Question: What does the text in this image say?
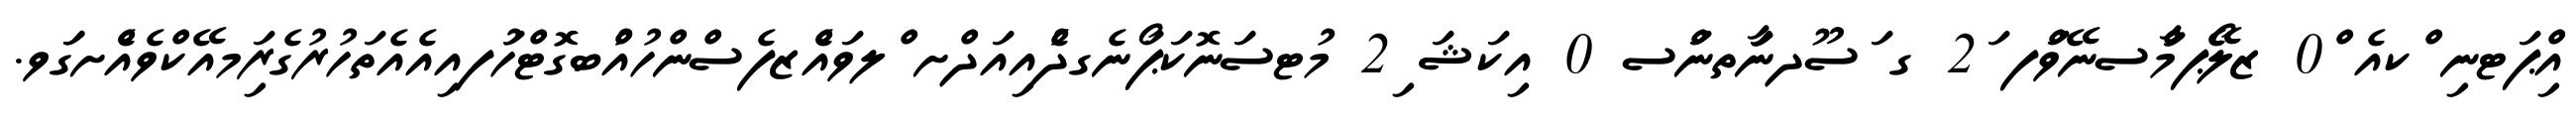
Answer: އިްޕަޓނި ްކއެ ް0 ޒލޭޯޕމާްސނޭވަްފ ަ2 ގ ަސޫދނާަތނަްސ 0 އިކަޝަ ި2 މުޓސަނޮކަޕޯަނެގދުެއިއަދްށ ްލވައްެޒފެސްންހުއްުބގޮޓްހުަފއިއެއެތަހުރުގެރިަމއޭކްވެއެްށގަަވ.